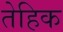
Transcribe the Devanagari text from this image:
तेहिक